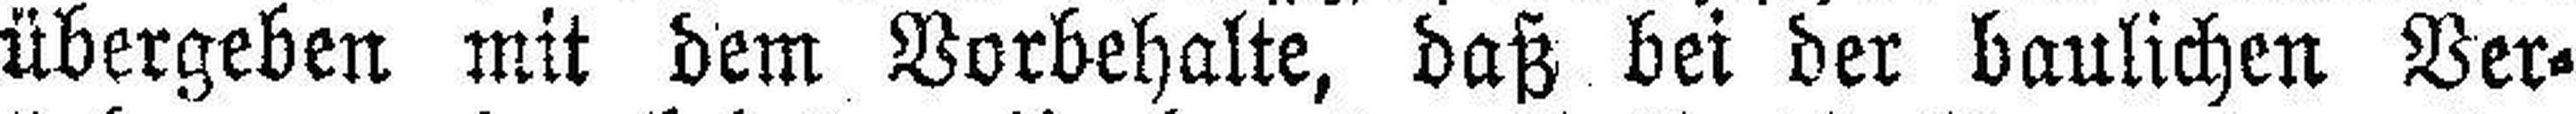
übergeben mit dem Vorbehalte, daß bei der baulichen Ver¬